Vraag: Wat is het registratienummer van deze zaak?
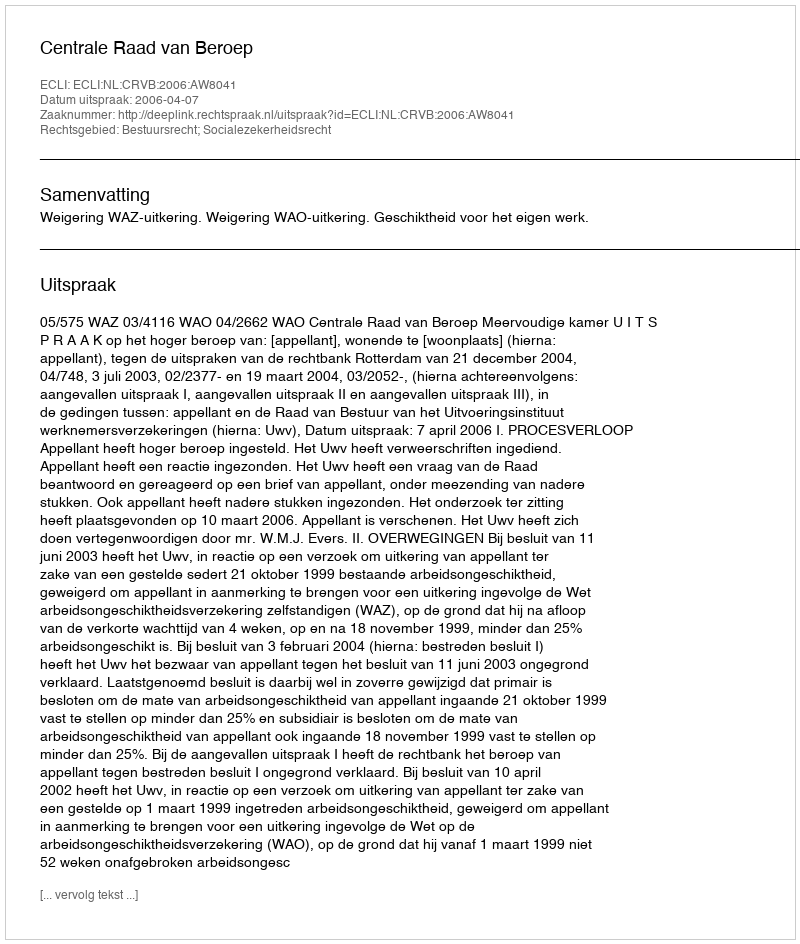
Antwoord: http://deeplink.rechtspraak.nl/uitspraak?id=ECLI:NL:CRVB:2006:AW8041